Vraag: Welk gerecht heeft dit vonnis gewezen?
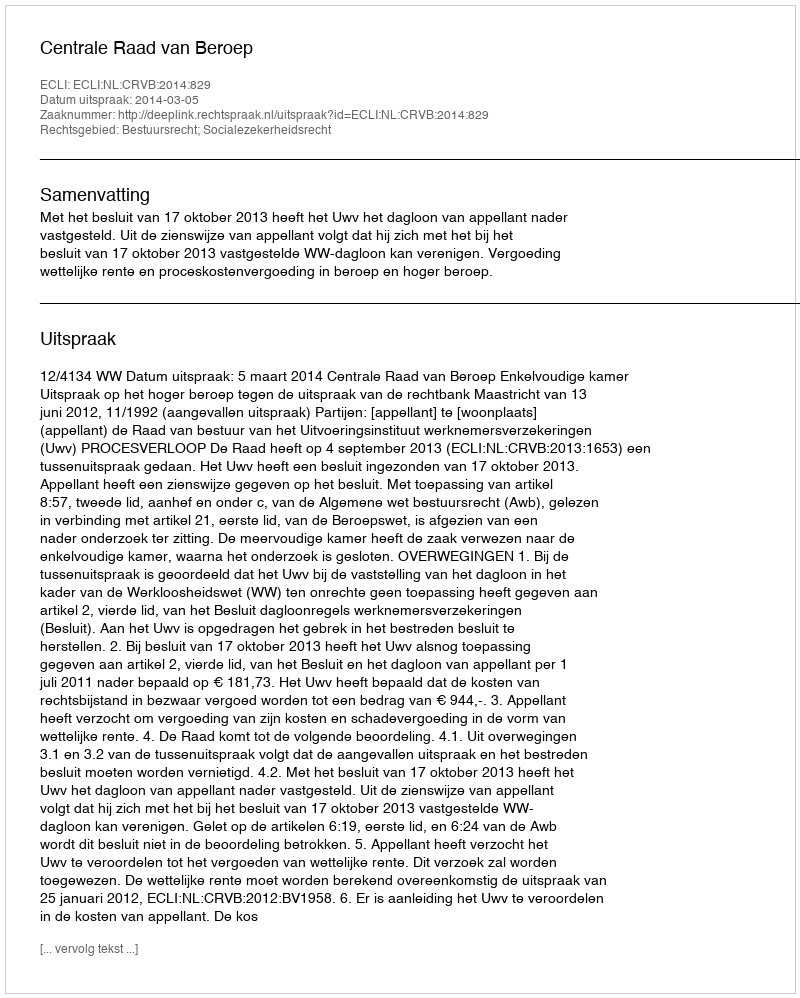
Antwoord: Centrale Raad van Beroep